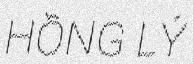
HỒNG LÝ